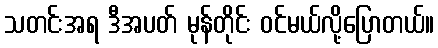
သတင်းအရ ဒီအပတ် မုန်တိုင်း ဝင်မယ်လို့ပြောတယ်။